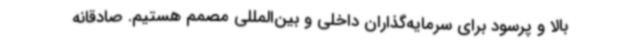
بالا و پرسود برای سرمایه‌گذاران داخلی و بین‌المللی مصمم هستیم. صادقانه